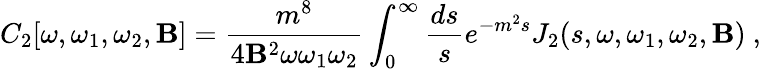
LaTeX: C_{2}[\omega,\omega_{1},\omega_{2},\mathbf{B}]={\frac{{m^{8}}}{{4\mathbf{B}^{2}\omega\omega_{1}\omega_{2}}}}\int_{0}^{\infty}{\frac{{ds}}{{s}}}e^{-m^{2}s}J_{2}(s,\omega,\omega_{1},\omega_{2},\mathbf{B})~,